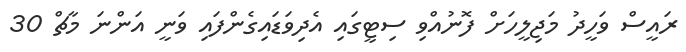
ރައީސް ވަހީދު މަޖިލީހަށް ފޮނުއްވި ސިޓީގައި އެދިވަޑައިގެންފައި ވަނީ އަންނަ މާޗް 30